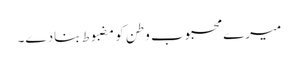
میرے محبوب وطن کو مضبوط بنادے۔